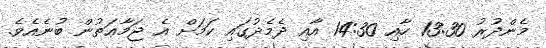
މެންދުުރު 13:30 ހާއި 14:30 އާއި ދެމެދުގައި ކަމަށް އެ ޖަމާޢަތުން ބުނެއެވެ.